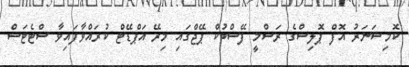
ކޮމިޝަނަރު އޮފް ޕޮލިސްގެ ރަސްމީ ފޭސްބުކް ޕޭޖްގައި މިރޭ އަޕްޑޭޓް ކުރައްވާފަައިވާ ސްޓެޓަސް